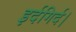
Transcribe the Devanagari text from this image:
इर्दगिर्द।